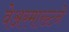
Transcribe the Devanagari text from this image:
वेअरमाख्टने